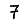
Digit: 7